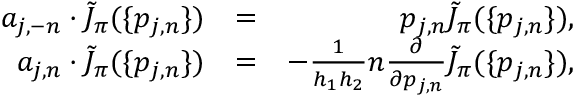
\begin{array} { r l r } { a _ { j , - n } \cdot \tilde { J } _ { \pi } ( \{ p _ { j , n } \} ) } & { = } & { p _ { j , n } \tilde { J } _ { \pi } ( \{ p _ { j , n } \} ) , } \\ { a _ { j , n } \cdot \tilde { J } _ { \pi } ( \{ p _ { j , n } \} ) } & { = } & { - \frac { 1 } { h _ { 1 } h _ { 2 } } n \frac { \partial } { \partial p _ { j , n } } \tilde { J } _ { \pi } ( \{ p _ { j , n } \} ) , } \end{array}